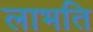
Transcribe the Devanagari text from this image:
लाभति